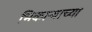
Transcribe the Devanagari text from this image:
भिकार्‍याच्या